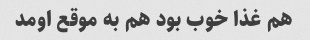
هم غذا خوب بود هم به موقع اومد